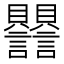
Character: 𧮣